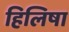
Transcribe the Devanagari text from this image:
हिलिषा